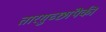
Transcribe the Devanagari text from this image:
तारगुच्छांपैकी